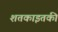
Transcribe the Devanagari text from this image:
शतकाइतकी